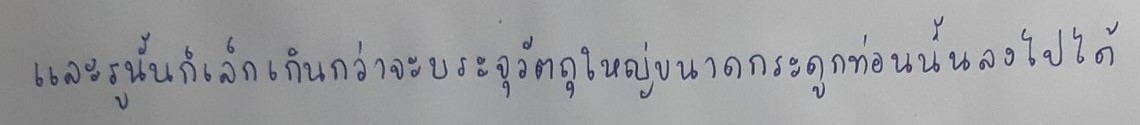
และรูนั้นก็เล็กเกินกว่าจะบรรจุวัตถุใหญ่ขนาดกระดูกท่อนนั้นลงไปได้